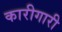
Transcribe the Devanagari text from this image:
कारीगारी